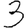
Digit: 3